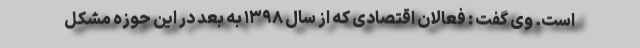
است. وی گفت : فعالان اقتصادی که از سال ۱۳۹۸ به بعد در این حوزه مشکل